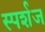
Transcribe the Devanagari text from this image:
स्पर्शज